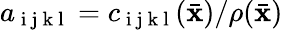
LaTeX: a_{\mathrm{~i~j~k~l~}}=c_{\mathrm{~i~j~k~l~}}(\bar{\mathbf x})/\rho(\bar{\mathbf x})